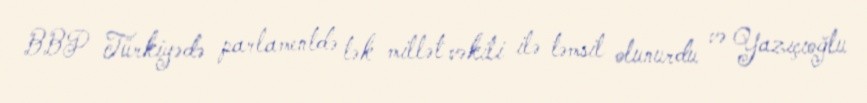
BBP Türkiyədə parlamentdə tək millət vəkili ilə təmsil olunurdu və Yazıçıoğlu